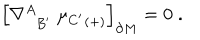
LaTeX: \Bigr [ \nabla _ { \; \; B ^ { \prime } } ^ { A } \; { \mu _ { C ^ { \prime } } } _ { ( + ) } \Bigr ] _ { \partial M } = 0 \; .